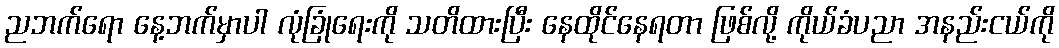
ညဘက်ရော နေ့ဘက်မှာပါ လုံခြုံရေးကို သတိထားပြီး နေထိုင်နေရတာ ဖြစ်လို့ ကိုယ်ခံပညာ အနည်းငယ်ကို